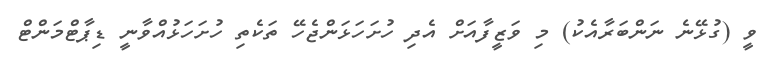
ވީ (ގުޅޭނެ ނަންބަރާއެކު) މި ވަޒީފާއަށް އެދި ހުށަހަޅަންޖެހޭ ތަކެތި ހުށަހަޅުއްވާނީ ޑިޕާޓްމަންޓް